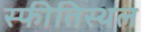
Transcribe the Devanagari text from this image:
स्फीतिस्थल